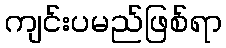
ကျင်းပမည်ဖြစ်ရာ